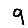
Digit: 9